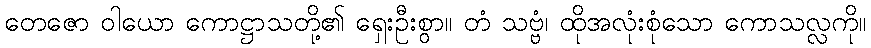
တေဇော ဝါယော ကောဋ္ဌာသတို့၏ ရှေးဦးစွာ။ တံ သဗ္ဗံ၊ ထိုအလုံးစုံသော ကောသလ္လကို။